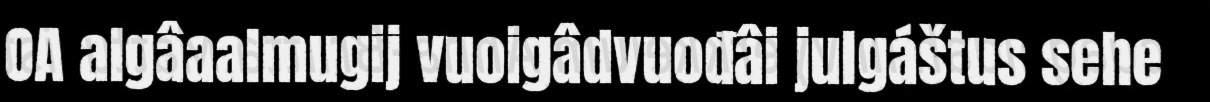
OA algâaalmugij vuoigâdvuođâi julgáštus sehe